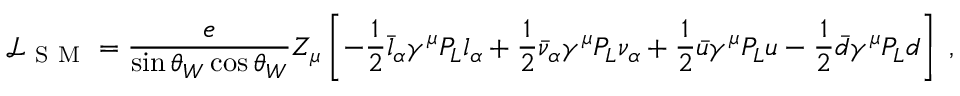
\mathscr { L } _ { \mathrm { ~ S ~ M ~ } } = \frac { e } { \sin \theta _ { W } \cos \theta _ { W } } Z _ { \mu } \left[ - \frac { 1 } { 2 } \bar { l } _ { \alpha } \gamma ^ { \mu } P _ { L } l _ { \alpha } + \frac { 1 } { 2 } \bar { \nu } _ { \alpha } \gamma ^ { \mu } P _ { L } \nu _ { \alpha } + \frac { 1 } { 2 } \bar { u } \gamma ^ { \mu } P _ { L } u - \frac { 1 } { 2 } \bar { d } \gamma ^ { \mu } P _ { L } d \right] \; ,